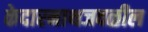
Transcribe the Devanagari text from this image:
केदारनाथजवळील